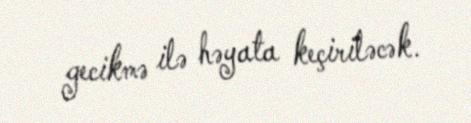
gecikmə ilə həyata keçiriləcək.